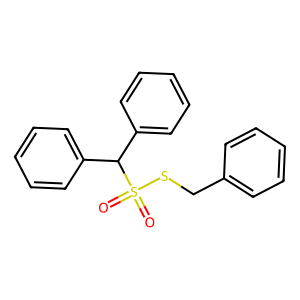
SMILES: O=S(=O)(SCc1ccccc1)C(c1ccccc1)c1ccccc1
Inhibits HIV replication: No